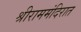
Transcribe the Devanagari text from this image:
श्रीराममंदिरात